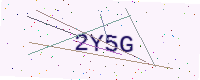
Text: 2Y5G